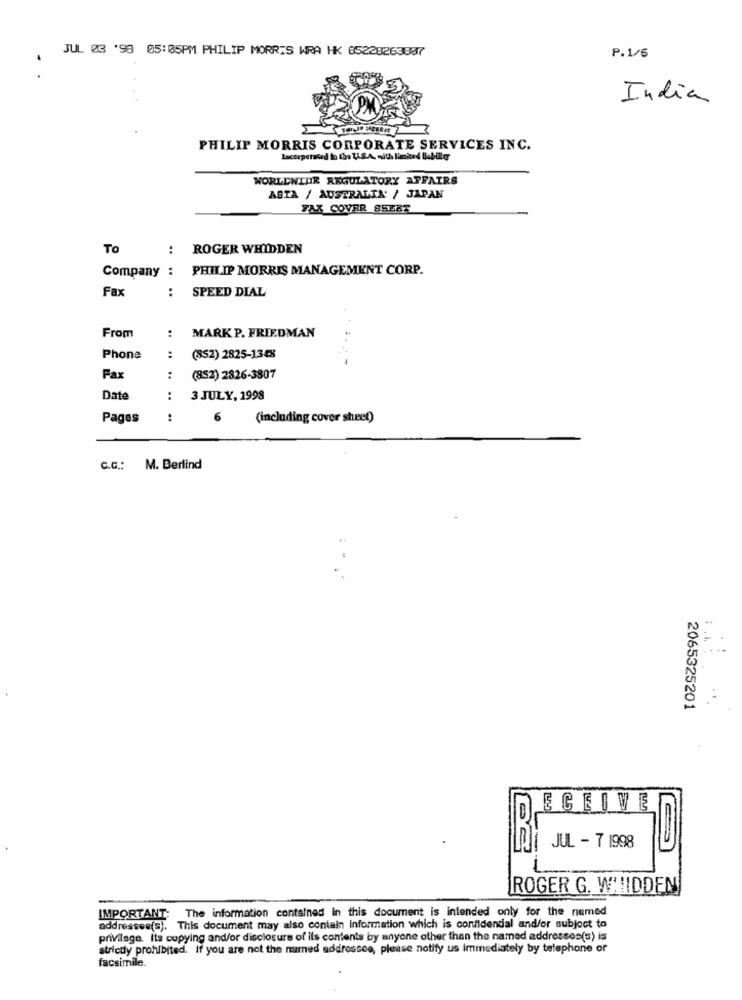
JUL 03 '98 05:05PM PHILIP MORRIS WRA HK 85228263837
P. 1/6
India
PHILIP MORRIS CORPORATE SERVICES INC.
Lacorporated la the U.S.A. nith limited Ilebiler
WORLDWIDE REGULATORY AFFAIRS
ASTA / AUSTRALIA' / JAPAN
FAX COVER SSEBT
To
:
ROGER WHIDDEN
Company :
PHILIP MORRIS MANAGEMENT CORP.
Fax
:
SPEED DIAL
:
From
MARK P. FRIEDMAN
Phone
:
(852) 2825-1348
Fax
:
(852) 2826-3807
Date
:
3 JULY, 1998
Pages
:
(including cover sheet)
C.G .: M. Berlind
2065325201
ECEIVE
JUL - 7 1998
ROGER G. WHIDDEN
IMPORTANT: The information contained in this document is intended only for the named
addressee(s). This document may also contain information which is confidential and/or subject to
privilage. Its copying and/or disclosure of its contents by anyone other than the named addresses(s) is
stricdy prohibited. If you are not the named addressee, please notify us immediately by telephone or
facsimile.